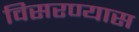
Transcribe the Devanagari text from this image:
विसरण्यास